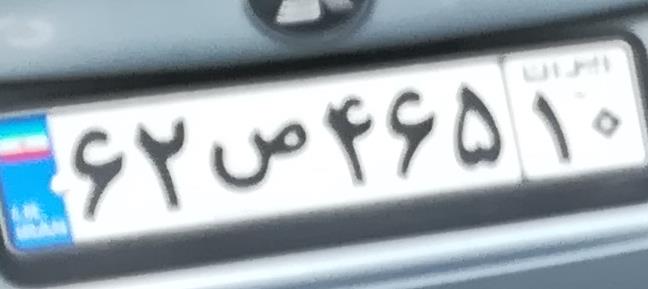
۶۲ص۴۶۵۱۰